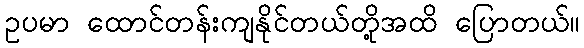
ဥပမာ ထောင်တန်းကျနိုင်တယ်တို့အထိ ပြောတယ်။